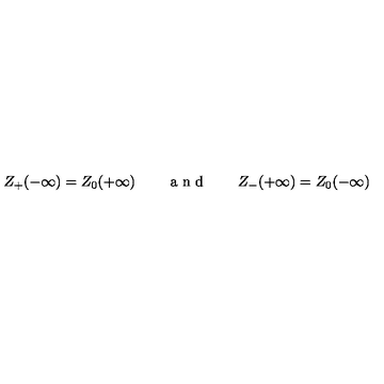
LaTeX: Z _ { + } ( - \infty ) = Z _ { 0 } ( + \infty ) \qquad \textrm { a n d } \qquad Z _ { - } ( + \infty ) = Z _ { 0 } ( - \infty )